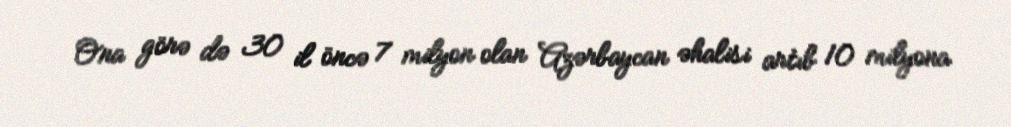
Ona görə də 30 il öncə 7 milyon olan Azərbaycan əhalisi artıb 10 milyona